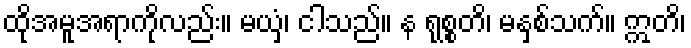
ထိုအမူအရာကိုလည်း။ မယှံ၊ ငါသည်။ န ရုစ္စတိ၊ မနှစ်သက်။ ဣတိ၊